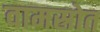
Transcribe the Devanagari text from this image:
वामस्रोत